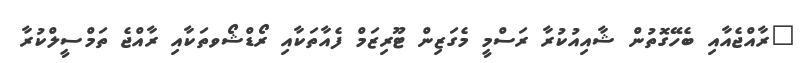
"ރާއްޖެއާއި ބެހޭގޮތުން ޝާއިއުކުރާ ރަސްމީ މެގަޒިން ޓޫރިޒަމް ފެއާތަކާއި ރޯޑްޝޯވތަކާއި ރާއްޖެ ތަމްސީލްކުރާ